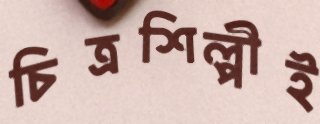
চিত্রশিল্পীই